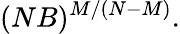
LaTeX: (NB)^{M/(N-M)}.